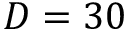
D = 3 0